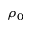
\rho _ { 0 }